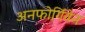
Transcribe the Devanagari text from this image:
अनफोर्गिवेन